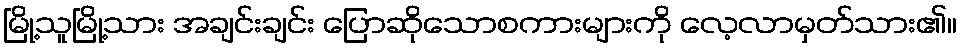
မြို့သူမြို့သား အချင်းချင်း ပြောဆိုသောစကားများကို လေ့လာမှတ်သား၏။